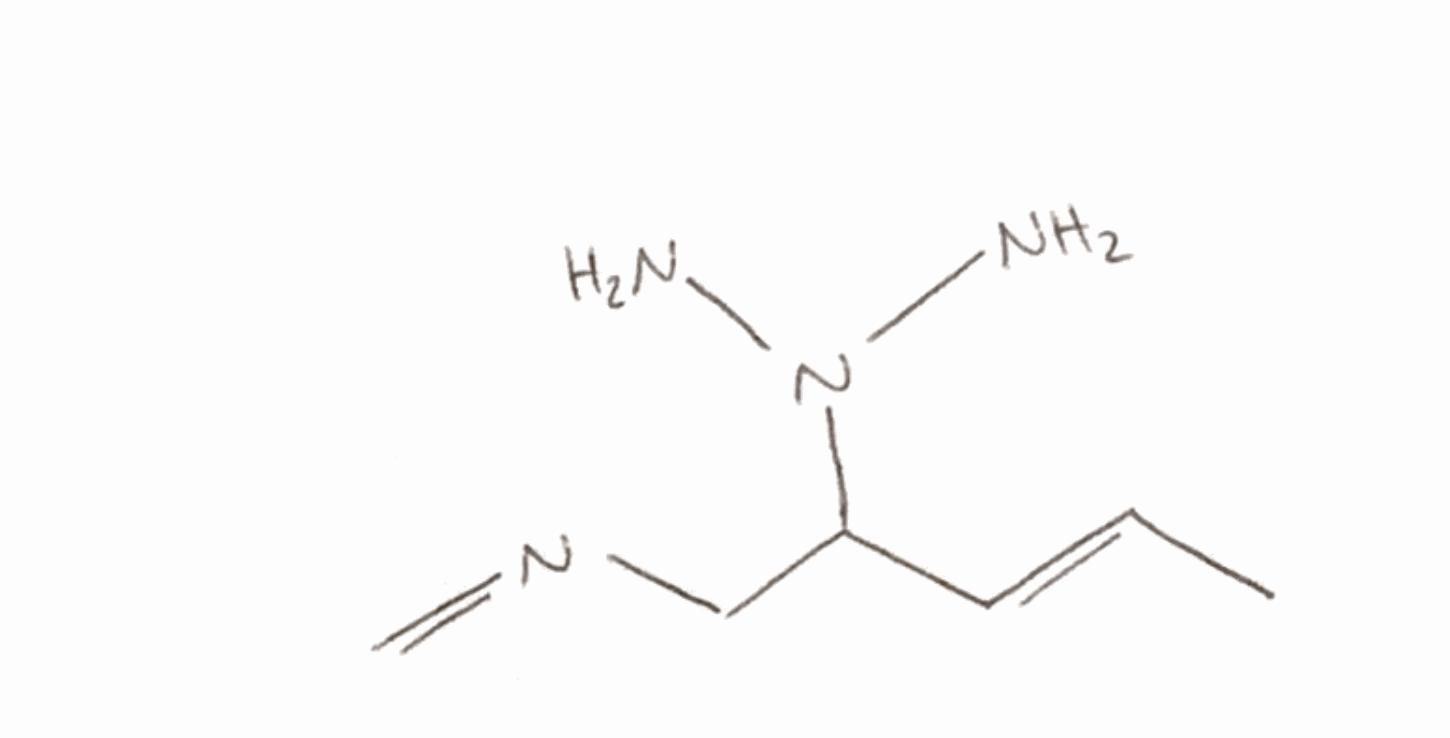
Simplified molecular-input line-entry system (SMILES) notation of the given molecule:
C/C=C/C(CN=C)N(N)N